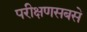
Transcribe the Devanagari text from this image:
परीक्षणसबसे